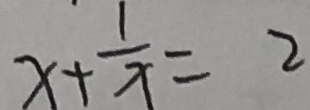
x + \frac { 1 } { x } = 2